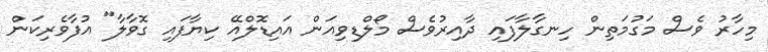
މިހާރު ވެސް މަގުމަތިން ހިނގާލާފައި ދާއިރުވެސް މޯލްޑިވިއަން އައިޑޮލްއޭ ކިޔާފައި ގޮވާލާ" އުފާވެރިކަން